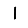
Digit: 1